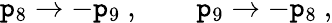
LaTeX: \mathtt{p}_{8}\to-\mathtt{p}_{9}\ ,\qquad\mathtt{p}_{9}\to-\mathtt{p}_{8}\ ,